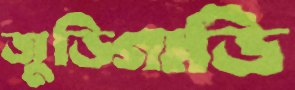
জুড়িগাড়ি